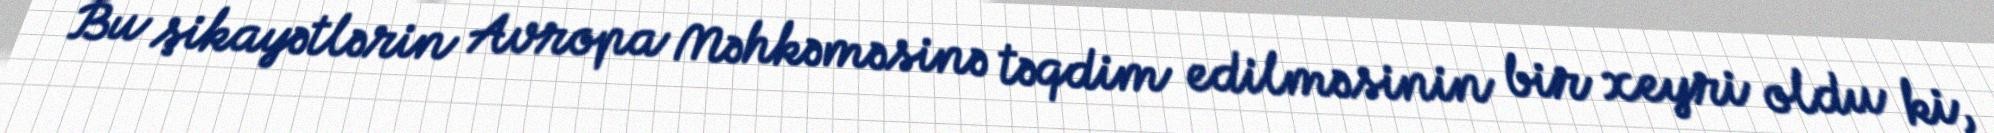
Bu şikayətlərin Avropa Məhkəməsinə təqdim edilməsinin bir xeyri oldu ki,